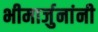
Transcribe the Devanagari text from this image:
भीमार्जुनांनी